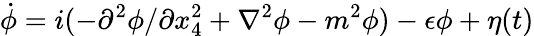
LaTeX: \dot{\phi}=i(-\partial^{2}\phi/\partial x_{4}^{2}+\nabla^{2}\phi-m^{2}\phi)-\epsilon\phi+\eta(t)